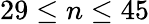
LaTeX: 29\leq n\leq 45